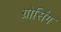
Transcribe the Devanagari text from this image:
ग्रोसिंग